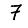
Digit: 7